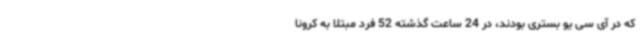
که در آی سی یو بستری بودند، در 24 ساعت گذشته 52 فرد مبتلا به کرونا